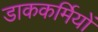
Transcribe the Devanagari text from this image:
डाककर्मियों